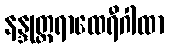
နန္ဒုတ္တရာထေရီဂါထာ